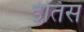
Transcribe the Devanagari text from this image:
ईतिस